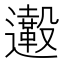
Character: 𨙀